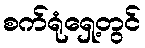
စက်ရုံရှေ့တွင်